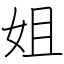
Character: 姐